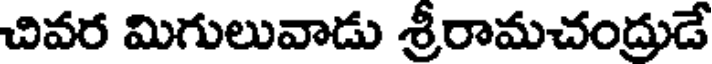
చివర మిగులువాడు శ్రీరామచంద్రుడే